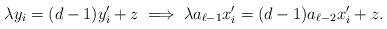
LaTeX: \begin{align*}\lambda y_i = (d-1) y_i' + z \implies \lambda a_{\ell-1} x_i' = (d-1) a_{\ell-2} x_i' + z.\end{align*}